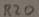
Text: R20